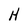
Character: H